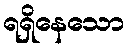
ရရှိနေသော